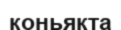
коньякта